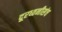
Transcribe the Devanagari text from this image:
दूरध्वनीसंच